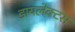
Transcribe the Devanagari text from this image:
डायलेक्टस